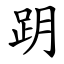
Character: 跀